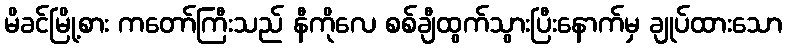
မိခင်မြို့စား ကတော်ကြီးသည် နီကိုလေ စစ်ချီထွက်သွားပြီးနောက်မှ ချုပ်ထားသော